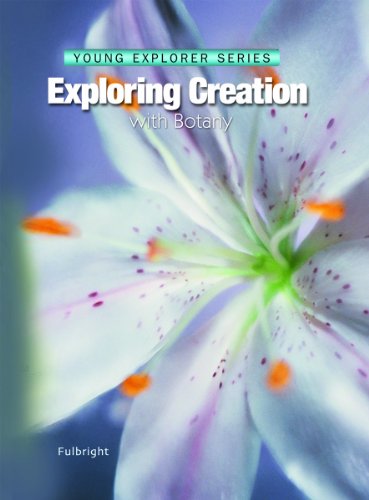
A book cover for Exploring Creation With Botany -- Young Explorer Series (Young Explorer (Apologia Educational Ministries)); Jeannie Fulbright; Science & Math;